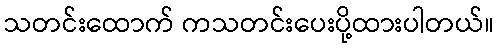
သတင်းထောက် ကသတင်းပေးပို့ထားပါတယ်။